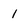
Character: 1